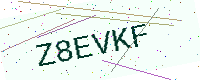
Text: Z8EVKF